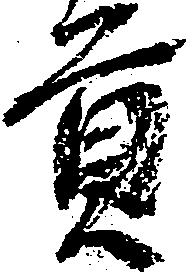
貢